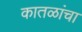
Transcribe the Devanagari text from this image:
कातळांचा